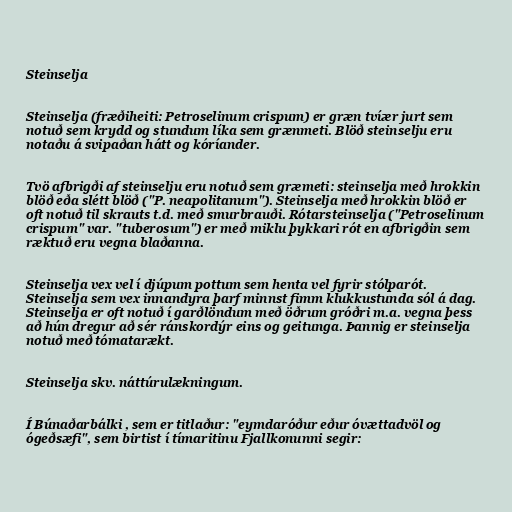
Steinselja

Steinselja (fræðiheiti: Petroselinum crispum) er græn tvíær jurt sem
notuð sem krydd og stundum líka sem grænmeti. Blöð steinselju eru
notaðu á svipaðan hátt og kóríander.

Tvö afbrigði af steinselju eru notuð sem græmeti: steinselja með hrokkin
blöð eða slétt blöð ("P. neapolitanum"). Steinselja með hrokkin blöð er
oft notuð til skrauts t.d. með smurbrauði. Rótarsteinselja ("Petroselinum
crispum" var. "tuberosum") er með miklu þykkari rót en afbrigðin sem
ræktuð eru vegna blaðanna.

Steinselja vex vel í djúpum pottum sem henta vel fyrir stólparót.
Steinselja sem vex innandyra þarf minnst fimm klukkustunda sól á dag.
Steinselja er oft notuð í garðlöndum með öðrum gróðri m.a. vegna þess
að hún dregur að sér ránskordýr eins og geitunga. Þannig er steinselja
notuð með tómatarækt.

Steinselja skv. náttúrulækningum.

Í Búnaðarbálki , sem er titlaður: "eymdaróður eður óvættadvöl og
ógeðsæfi", sem birtist í tímaritinu Fjallkonunni segir: